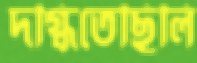
দগ্ধিতেছিলি